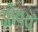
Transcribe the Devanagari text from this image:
ऑथरों